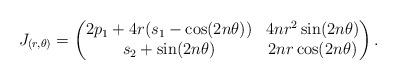
LaTeX: \begin{align*}J_{(r,\theta)}=\left(\begin{matrix} 2p_1+4r(s_1-\cos(2n\theta))&4nr^2\sin(2n\theta)\\ s_2+\sin(2n\theta)&2nr\cos(2n\theta)\\ \end{matrix}\right).\end{align*}